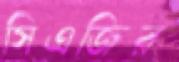
সিএজির